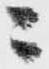
ニ